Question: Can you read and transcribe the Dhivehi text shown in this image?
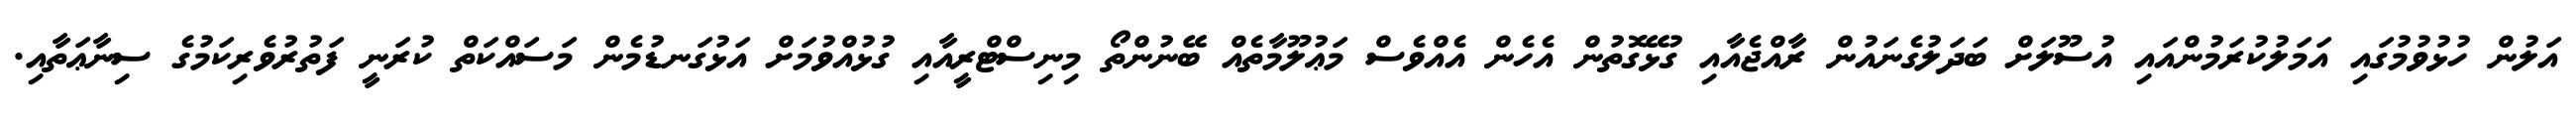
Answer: އަލުން ހުޅުވުމުގައި އަމަލުކުރަމުންއައި އުސޫލަށް ބަދަލުގެނައުން ރާއްޖެއާއި ގުޅޭގޮތުން އެހެން އެއްވެސް މަޢުލޫމާތެއް ބޭނުންތޯ މިނިސްޓްރީއާއި ގުޅުއްވުމަށް އަޅުގަނޑުމެން މަސައްކަތް ކުރަނީ ފަތުރުވެރިކަމުގެ ސިނާޢަތާއި.